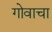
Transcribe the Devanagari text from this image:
गोवाचा